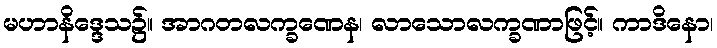
မဟာနိဒ္ဒေသ၌။ အာဂတလက္ခဏေန၊ လာသောလက္ခဏာဖြင့်။ ကာဒိနော၊